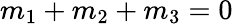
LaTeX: {m_{1}+m_{2}+m_{3}=0}